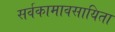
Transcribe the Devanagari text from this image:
सर्वकामावसायिता